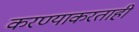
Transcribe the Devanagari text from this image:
करण्याकरताही